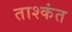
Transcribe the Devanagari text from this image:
ताश्कंत